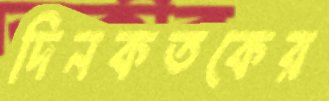
দিনকতকের